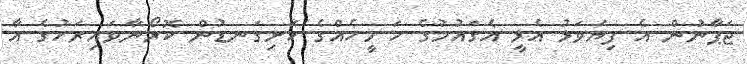
ޖަޕާނުން އެ ފިޔަވަޅު އެޅީ އެގައުމުގެ ހަ މީހެއްގެ ހަށިގަނޑުން ކޮރޯނާވައިރަހުގެ އާ